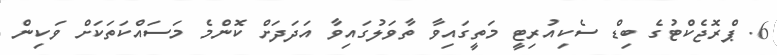
6. ޕްރޮޖެކްޓުގެ ބިޑް ސެކިއުރިޓީ މަތީގައިވާ ތާވަލުގައިވާ އަދަދަށް ކޮންމެ މަސައްކަތަކަށް ވަކިން